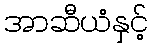
အာဆီယံနှင့်